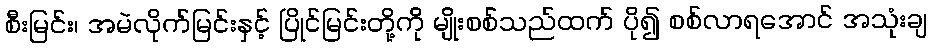
စီးမြင်း၊ အမဲလိုက်မြင်းနှင့် ပြိုင်မြင်းတို့ကို မျိုးစစ်သည်ထက် ပို၍ စစ်လာရအောင် အသုံးချ